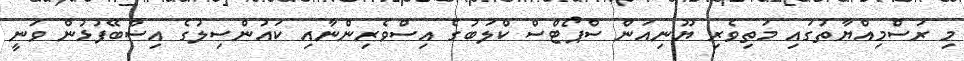
މި ރަސްމިއްޔާތުގައި މަތިވެރި ޔޫނިއަން ސްޕޯޓްސް ކްލަބުގެ އިސްވެރިންނާއި ކައުންސިލުގެ އިސްބޭފުޅުން ވަނީ